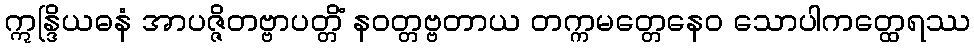
ဣန္ဒြိယဓနံ အာပဇ္ဇိတဗ္ဗာပတ္တိံ နဝတ္တဗ္ဗတာယ တက္ကမတ္တေနေဝ သောပါကတ္ထေရဿ